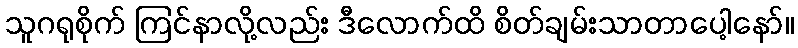
သူဂရုစိုက် ကြင်နာလို့လည်း ဒီလောက်ထိ စိတ်ချမ်းသာတာပေါ့နော်။